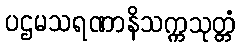
ပဌမသရဏာနိသက္ကသုတ္တံ